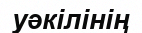
уәкілінің